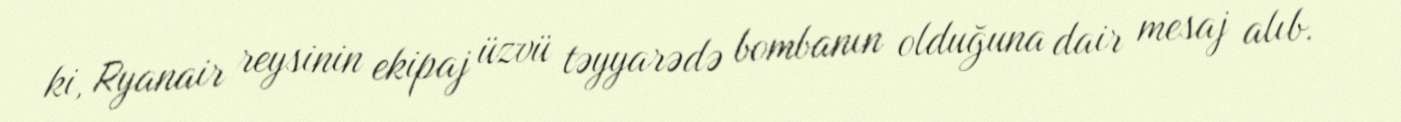
ki, Ryanair reysinin ekipaj üzvü təyyarədə bombanın olduğuna dair mesaj alıb.